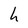
Character: h